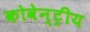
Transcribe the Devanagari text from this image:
कोवेन्ट्रीय